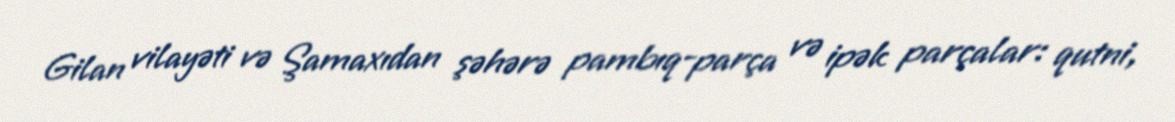
Gilan vilayəti və Şamaxıdan şəhərə pambıq-parça və ipək parçalar: qutni,